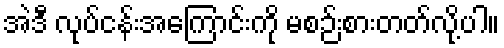
အဲဒီ လုပ်ငန်းအကြောင်းကို မစဉ်းစားတတ်လို့ပါ။